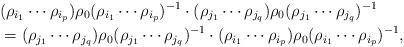
LaTeX: \begin{align*} &(\rho_{i_1} \cdots \rho_{i_p})\rho_0 (\rho_{i_1} \cdots \rho_{i_p})^{-1} \cdot (\rho_{j_1} \cdots \rho_{j_q})\rho_0 (\rho_{j_1} \cdots \rho_{j_q})^{-1} \\ &= (\rho_{j_1} \cdots \rho_{j_q})\rho_0 (\rho_{j_1} \cdots \rho_{j_q})^{-1} \cdot (\rho_{i_1} \cdots \rho_{i_p})\rho_0 (\rho_{i_1} \cdots \rho_{i_p})^{-1} , \end{align*}